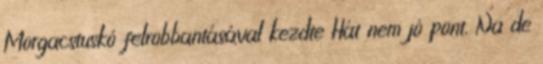
Morgacstuskó felrobbantásával kezdte Hát nem jó pont. Na de